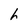
Character: h